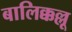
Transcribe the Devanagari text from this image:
बालिक्कल्लू